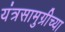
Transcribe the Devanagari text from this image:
यंत्रसामुग्रीच्या